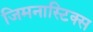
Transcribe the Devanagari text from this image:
जिमनास्टिक्‍स